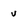
Character: u